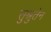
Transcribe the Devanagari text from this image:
सुश्रुतेन